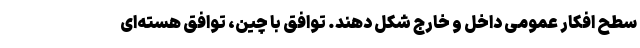
سطح افکار عمومی داخل و خارج شکل دهند. توافق با چین، توافق هسته‌ای